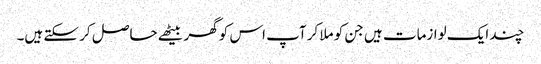
چند ایک لوازمات ہیں جن کو ملا کر آپ اس کو گھر بیٹھے حاصل کر سکتے ہیں۔